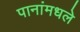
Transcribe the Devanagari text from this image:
पानांमधले